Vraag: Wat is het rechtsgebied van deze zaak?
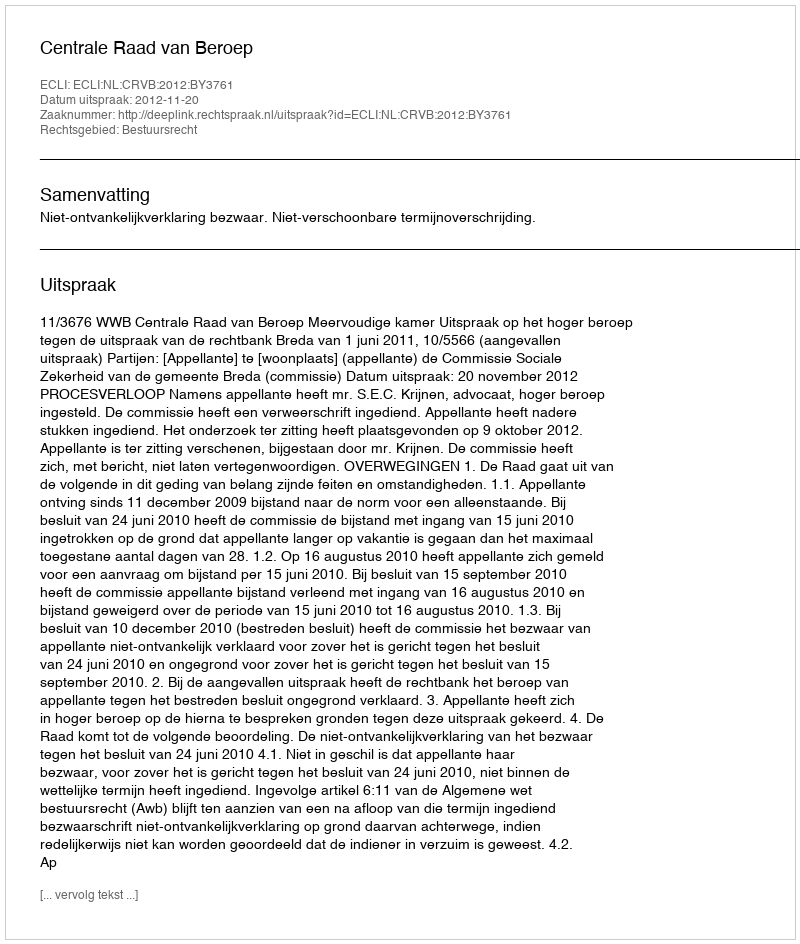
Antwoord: Bestuursrecht